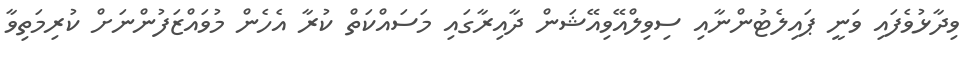
ވިދާޅުވެފައި ވަނީ ޕައިލެޓުންނާއި ސިވިލްއޭވިއޭޝަން ދާއިރާގައި މަސައްކަތް ކުރާ އެހެން މުވައްޒަފުންނަށް ކުރިމަތިވާ